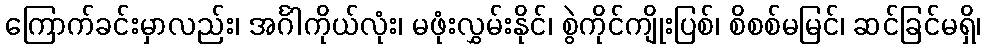
ကြောက်ခင်းမှာလည်း၊ အင်္ဂါကိုယ်လုံး၊ မဖုံးလွှမ်းနိုင်၊ စွဲကိုင်ကျိုးပြစ်၊ စိစစ်မမြင်၊ ဆင်ခြင်မရှိ၊